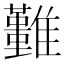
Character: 𩁚